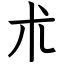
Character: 朮